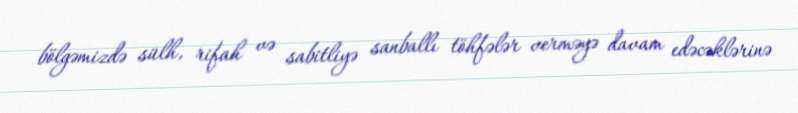
bölgəmizdə sülh, rifah və sabitliyə sanballı töhfələr verməyə davam edəcəklərinə